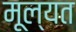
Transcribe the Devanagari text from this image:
मूल्यत